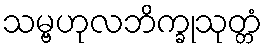
သမ္ဗဟုလဘိက္ခုသုတ္တံ